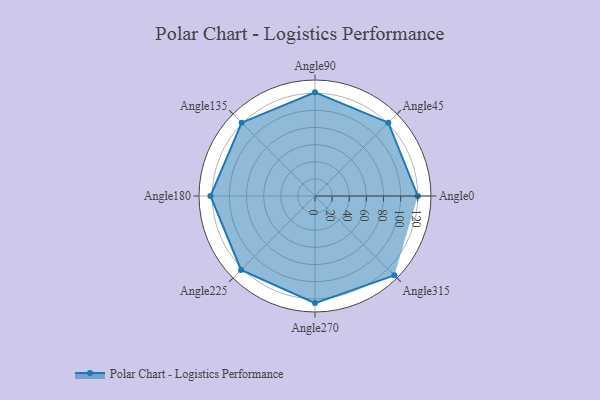
{"axis": {"x": "Angle", "y": "Radius"}, "legend": [""], "data": [{"x": "Angle0", "y": 120.0, "type": ""}, {"x": "Angle45", "y": 121.0, "type": ""}, {"x": "Angle90", "y": 121.0, "type": ""}, {"x": "Angle135", "y": 121.0, "type": ""}, {"x": "Angle180", "y": 122.0, "type": ""}, {"x": "Angle225", "y": 122.0, "type": ""}, {"x": "Angle270", "y": 125.0, "type": ""}, {"x": "Angle315", "y": 131.0, "type": ""}]}